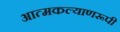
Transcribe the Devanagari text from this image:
आत्मकल्याणरूपी